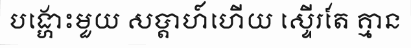
បង្ហោះមួយ សប្តាហ៍ហើយ ស្ទើរតែ គ្មាន